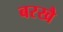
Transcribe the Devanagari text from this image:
बरखै